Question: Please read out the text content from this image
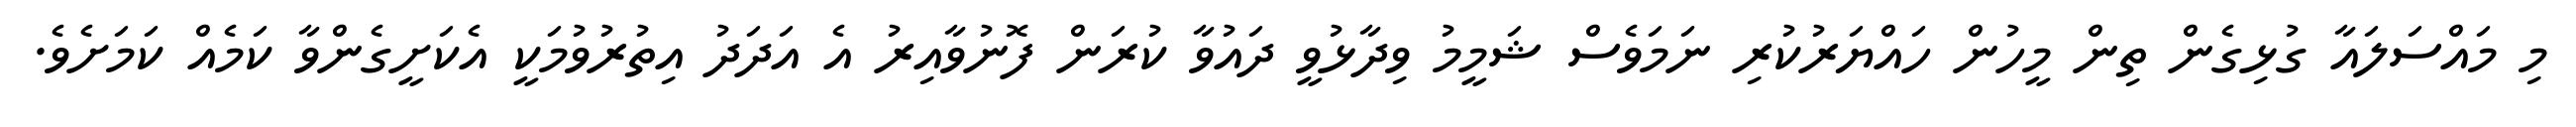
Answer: މި މައްސަލައާ ގުޅިގެން ތިން މީހުން ހައްޔަރުކުރި ނަމަވެސް ޝަމީމު ވިދާޅުވީ ދައުވާ ކުރަން ފޮނުވާއިރު އެ އަދަދު އިތުރުވުމަކީ އެކަށީގެންވާ ކަމެއް ކަމަށެވެ.